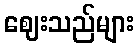
ဈေးသည်များ